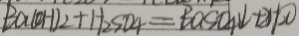
B a ( O H ) _ { 2 } + H _ { 2 } S O _ { 4 } = B a S O _ { 4 } \downarrow + 2 H _ { 2 } O